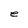
Character: e